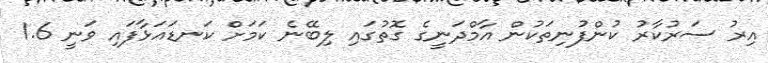
އިރު ސަރުކާރު ކުންފުނިތަކުން އާމްދަނީގެ ގޮތުގައި ލިބޭނެ ކަމަށް ކަނޑައަޅާފައި ވަނީ 1.6